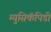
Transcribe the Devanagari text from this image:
म्युसिकॅपिडी